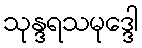
သုန္ဒရသမုဒ္ဒေါ